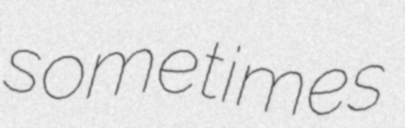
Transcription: sometimes